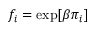
f _ { i } = \exp [ \beta \pi _ { i } ]